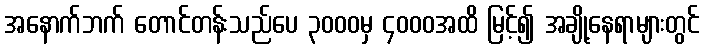
အနောက်ဘက် တောင်တန်းသည်ပေ ၃၀၀၀မှ ၄၀၀၀အထိ မြင့်၍ အချို့နေရာများတွင်